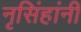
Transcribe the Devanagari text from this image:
नृसिंहांनी